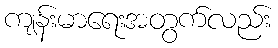
ကျန်းမာရေးအတွက်လည်း